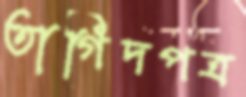
তাগিদপত্র